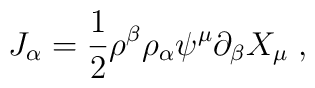
J_{\alpha}=\frac{1}{2}\rho^{\beta}\rho_{\alpha}\psi^{\mu}\partial_{\beta} X_{\mu}\;,